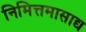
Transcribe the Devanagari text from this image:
निमित्तमासाद्य